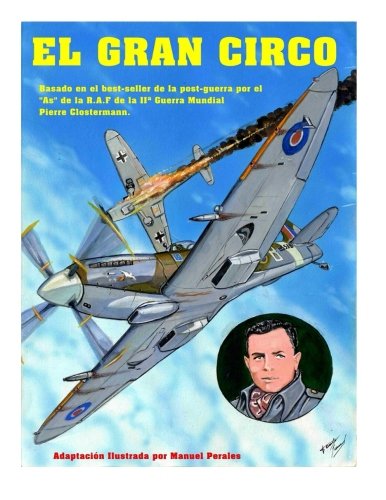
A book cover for El Gran Circo Volumen I: AdaptaciÃ³n ilustrada del best-seller de post-guerra del famoso "As" de la aviaciÃ³n que sirviÃ³ en la R.A.F Pierre Clostermann ... Guerra Mundial (Volume 1) (Spanish Edition); Sr Manuel Manuel; Children's Books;